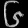
Digit: ၆